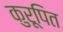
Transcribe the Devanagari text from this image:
कुरूपित